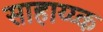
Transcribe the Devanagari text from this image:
साहाय्य्क